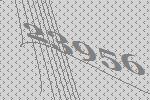
23956